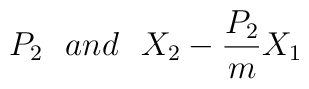
P_2\,\,\,\, and \,\,\,\, X_2-\frac{P_2}{m}X_1